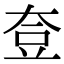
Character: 𡘰